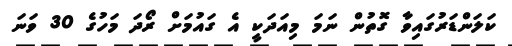
ކަލަންޑަރުގައިވާ ގޮތުން ނަމަ މިއަދަކީ އެ ގައުމަށް ރޯދަ މަހުގެ 30 ވަނަ